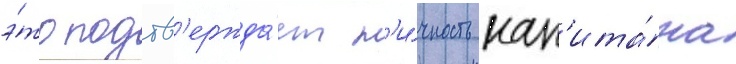
э́то подтв'ержда́ет л'и́чность кап'ита́на